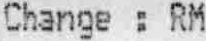
CHANGE : RM